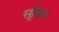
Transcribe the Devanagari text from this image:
सूग्रिम